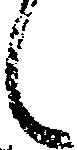
候